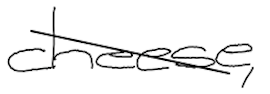
Text: cheese,
Cross-out: diagonal
Writing tool: digital_black